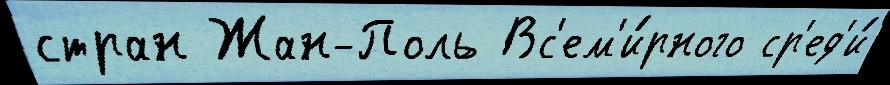
стран Жан-Поль Вс'ем'и́рного ср'ед'и́